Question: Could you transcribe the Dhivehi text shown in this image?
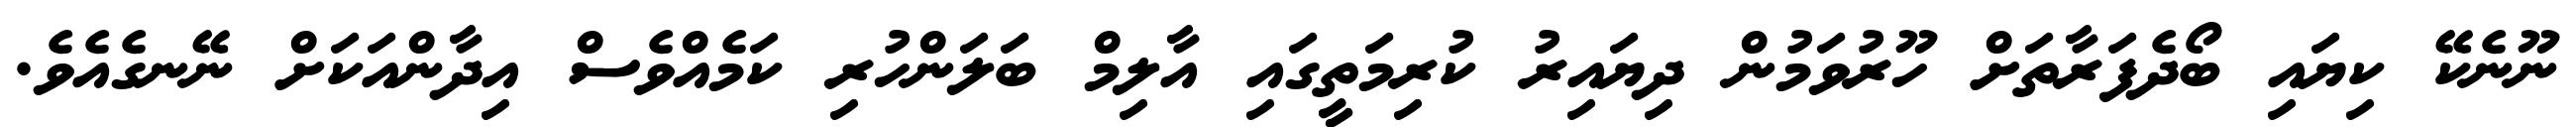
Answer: ނޫނެކޭ ކިޔައި ބޯދެފަރާތަށް ހޫރުވަމުން ދިޔައިރު ކުރިމަތީގައި އާލިމް ބަލަންހުރި ކަމެއްވެސް އިދާންއަކަށް ނޭނގެއެވެ.